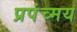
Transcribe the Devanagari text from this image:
प्रपंच्मय